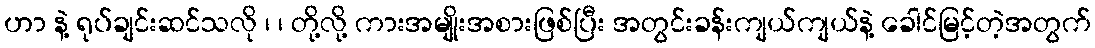
ဟာ နဲ့ ရုပ်ချင်းဆင်သလို ၊ ၊ တို့လို့ ကားအမျိုးအစားဖြစ်ပြီး အတွင်းခန်းကျယ်ကျယ်နဲ့ ခေါင်မြင့်တဲ့အတွက်